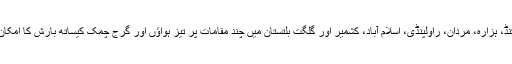
مالاکنڈ، ہزارہ، مردان، راولپنڈی، اسلام آباد، کشمیر اور گلگت بلتستان میں چند مقامات پر تیز ہواؤں اور گرج چمک کیساتھ بارش کا امکان ہے۔